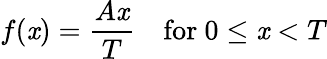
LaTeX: f(\mathit{x})={\frac{{A\mathit{x}}}{{T}}}\quad{\mathrm{{for~}}}0\leq\mathit{x}<T